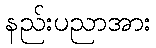
နည်းပညာအား